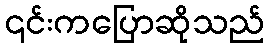
၎င်းကပြောဆိုသည်